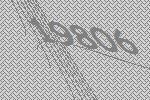
19806